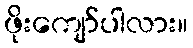
ဖိုးကျော်ပါလား။